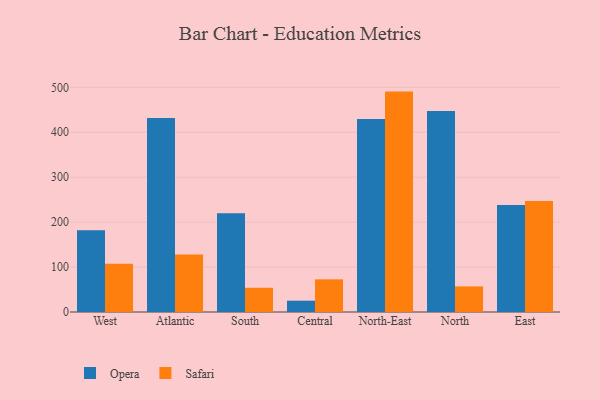
{"axis": {"x": "Region", "y": "Budget (USD K)"}, "legend": ["Opera", "Safari"], "data": [{"x": "West", "y": 182.2, "type": "Opera"}, {"x": "West", "y": 107.2, "type": "Safari"}, {"x": "Atlantic", "y": 431.9, "type": "Opera"}, {"x": "Atlantic", "y": 127.7, "type": "Safari"}, {"x": "South", "y": 219.7, "type": "Opera"}, {"x": "South", "y": 53.9, "type": "Safari"}, {"x": "Central", "y": 25.2, "type": "Opera"}, {"x": "Central", "y": 72.7, "type": "Safari"}, {"x": "North-East", "y": 429.3, "type": "Opera"}, {"x": "North-East", "y": 490.5, "type": "Safari"}, {"x": "North", "y": 447.3, "type": "Opera"}, {"x": "North", "y": 57.0, "type": "Safari"}, {"x": "East", "y": 238.1, "type": "Opera"}, {"x": "East", "y": 247.0, "type": "Safari"}]}